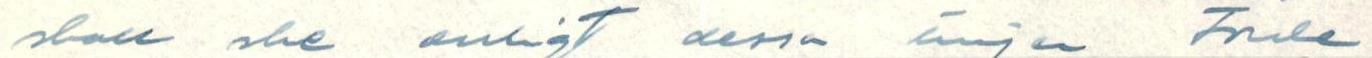
skall ske enligt dessa änjer Frule